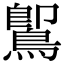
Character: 𪃹